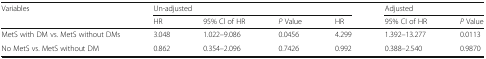
| <ROWSPAN=2> Variables | <COLSPAN=4> Un-adjusted | <COLSPAN=2> Adjusted |
 | HR | 95% Cl of HR | P Value | HR | 95% CI of HR | P Value |
 | --- | --- | --- | --- | --- | --- | --- |
 | MetS with DM vs. MetS without DMs | 3.048 | 1.022–9.086 | 0.0456 | 4.299 | 1.392–13.277 | 0.0113 |
 | No MetS vs. MetS without DM | 0.862 | 0.354–2.096 | 0.7426 | 0.992 | 0.388–2.540 | 0.9870 |